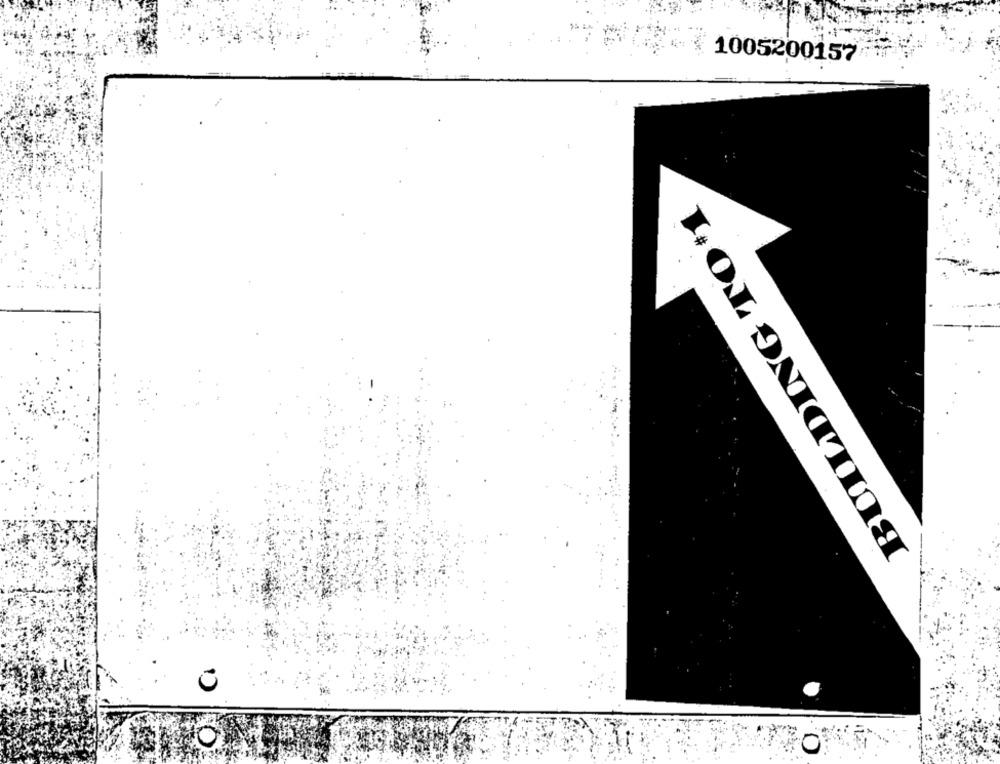
1005200157
BUILDING TO+1